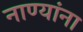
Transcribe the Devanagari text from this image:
नाण्यांना